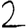
Digit: 2